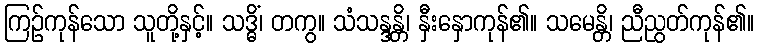
ကြဉ်ကုန်သော သူတို့နှင့်။ သဒ္ဓိံ၊ တကွ။ သံသန္ဒန္တိ၊ နှီးနှောကုန်၏။ သမေန္တိ၊ ညီညွတ်ကုန်၏။